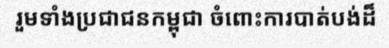
រួមទាំងប្រជាជនកម្ពុជា ចំពោះការបាត់បង់ដ៏